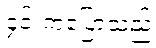
၄င်းကပြောသည်